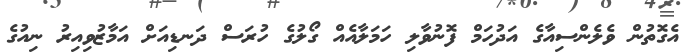
އެގޮތުން ވެލެންސިއާގެ އަދުހަމް ފޮނުވާލި ހަމަލާއެއް ގޯލުގެ ހުރަސް ދަނޑިއަށް އަމާޒުވިއިރު ނިއުގެ